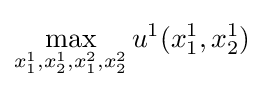
\max _{x_{1}^{1},x_{2}^{1},x_{1}^{2},x_{2}^{2}}u^{1}(x_{1}^{1},x_{2}^{1})